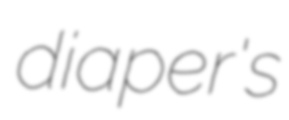
diaper's